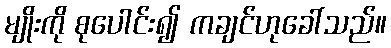
မျိုးကို စုပေါင်း၍ ကချင်ဟုခေါ်သည်။